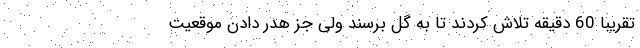
تقریباً 60 دقیقه تلاش کردند تا به گل برسند ولی جز هدر دادن موقعیت